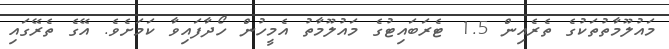
މައުލޫމާތުތަކުގެ ތެރެއިން 1.5 ޓެރަބައިޓުގެ މައުލޫމާތު އެމީހުން ހޯދާފައިވާ ކަމަށެވެ. އޭގެ ތެރޭގައި